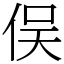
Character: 俣